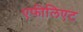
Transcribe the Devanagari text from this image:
एफीलिएट